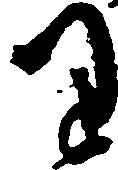
り